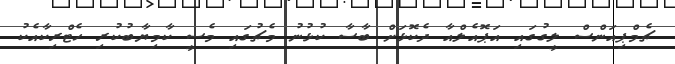
ޗެމްޕިއަންސް ލީގުގައި އަޕޮއެލްއާ ދެކޮޅަށް ބާސާ ކުޅުނު މެޗުގައި މެސީ ކާމިޔާބުކުރި ހެޓްރިކާއެކު